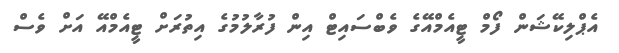
އެޕްލިކޭޝަން ފޯމް ޓީއެމްއޭގެ ވެބްސައިޓް އިން ފުރާލުމުގެ އިތުރަށް ޓީއެމްއޭ އަށް ވެސް